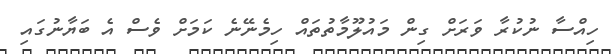
ހިއްސާ ނުކުރާ ވަރަށް ގިން މައުލޫމާތުތައް ހިމެނޭނެ ކަމަށް ވެސް އެ ބަޔާނުގައި